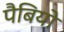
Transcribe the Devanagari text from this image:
पैबियो